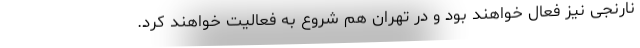
نارنجی نیز فعال خواهند بود و در تهران هم شروع به فعالیت خواهند کرد.